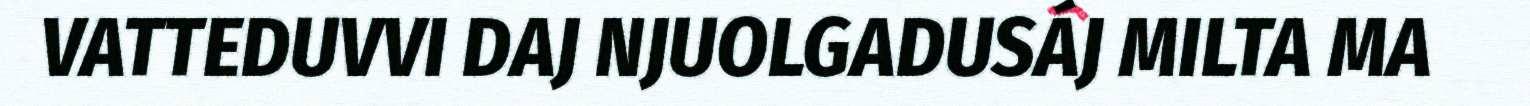
VATTEDUVVI DAJ NJUOLGADUSÁJ MILTA MA